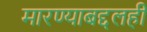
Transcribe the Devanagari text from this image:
मारण्याबद्दलही